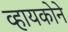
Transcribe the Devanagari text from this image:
व्हायकोने